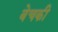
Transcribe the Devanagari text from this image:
बेचकी